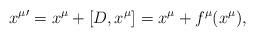
LaTeX: \begin{align*}{x^\mu}'=x^\mu+[D,x^\mu]=x^\mu+f^\mu(x^\mu), \end{align*}